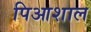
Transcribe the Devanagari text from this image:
पिआशाल